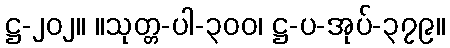
ဋ္ဌ-၂၀၂။ ။သုတ္တ-ပါ-၃၀၀၊ ဋ္ဌ-ပ-အုပ်-၃၇၉။